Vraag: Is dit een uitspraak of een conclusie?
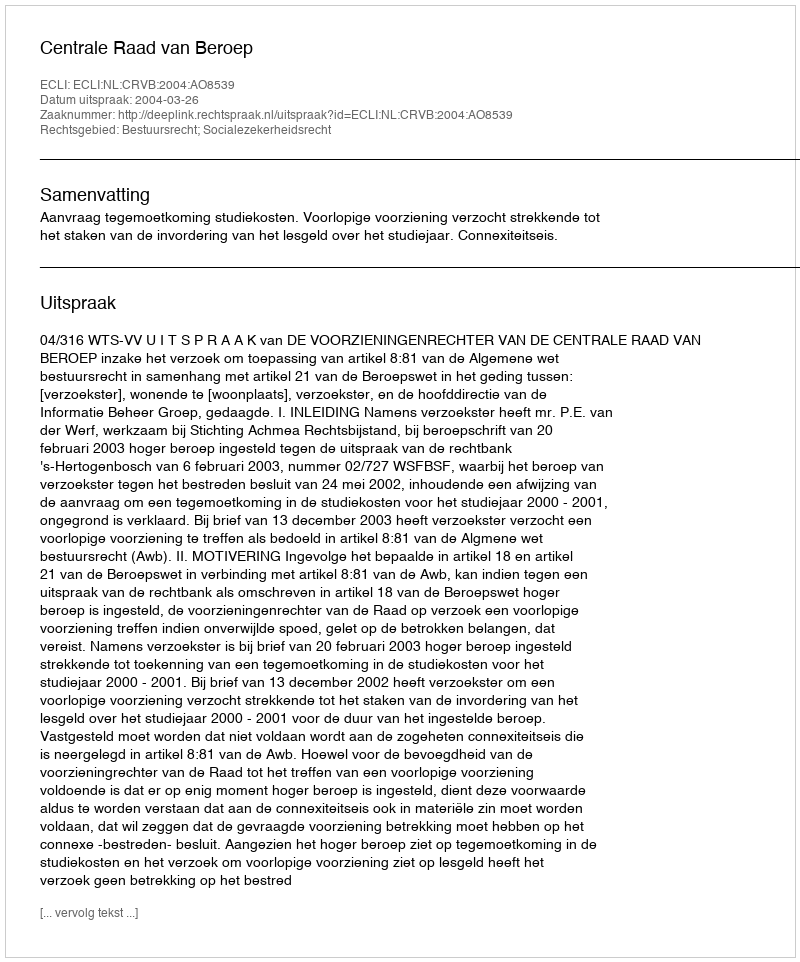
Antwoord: Uitspraak